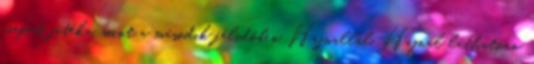
csapat játéka, mint a második félidőben Hajnallal. Hajnal láthatóan